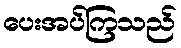
ပေးအပ်ကြသည်